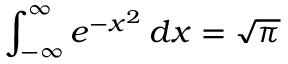
\int _ { - \infty } ^ { \infty } e ^ { - x ^ { 2 } } \, d x = { \sqrt { \pi } }